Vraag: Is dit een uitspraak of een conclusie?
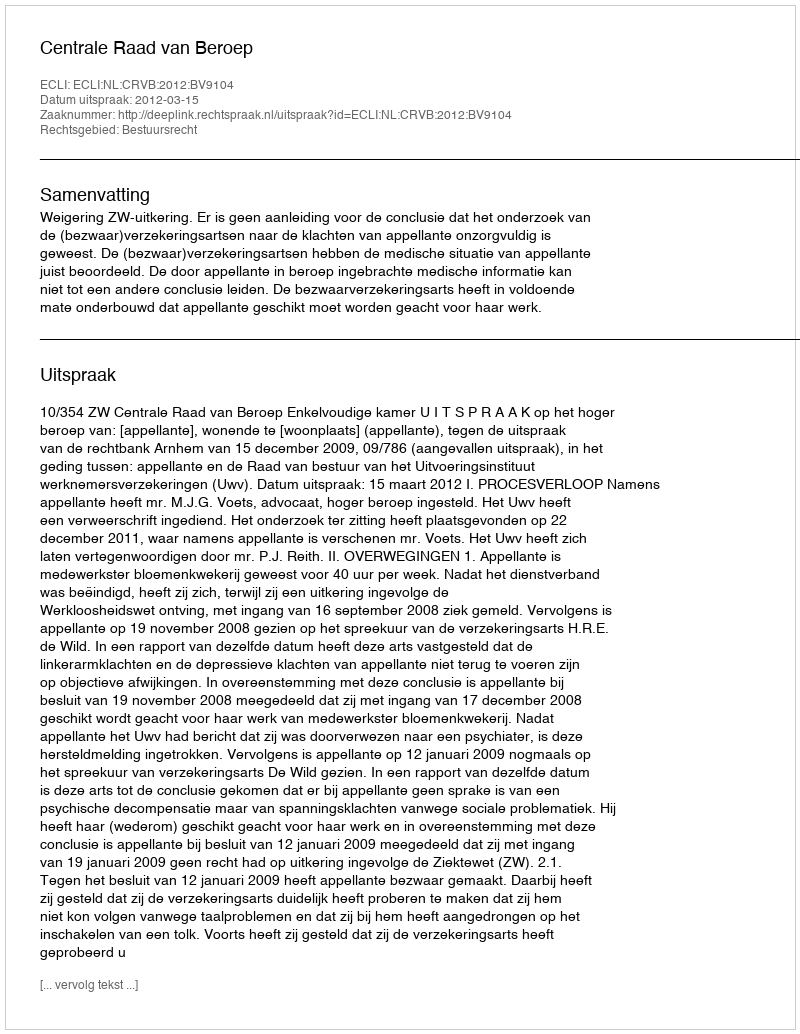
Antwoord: Uitspraak